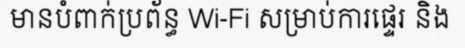
មានបំពាក់ប្រព័ន្ធ Wi-Fi សម្រាប់ការផ្ទេរ និង